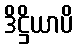
ဒိဋ္ဌိယာပိ